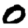
Digit: 0